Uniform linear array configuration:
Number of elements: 4
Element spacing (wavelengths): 0.75
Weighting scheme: binomial
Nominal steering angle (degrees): -30
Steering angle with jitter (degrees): -29.879
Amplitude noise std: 0.05
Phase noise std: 0.05

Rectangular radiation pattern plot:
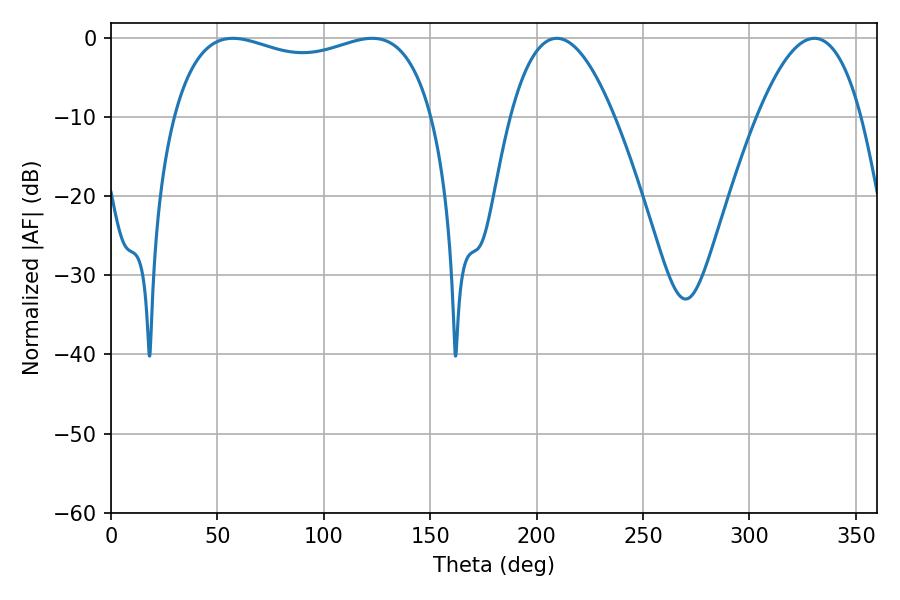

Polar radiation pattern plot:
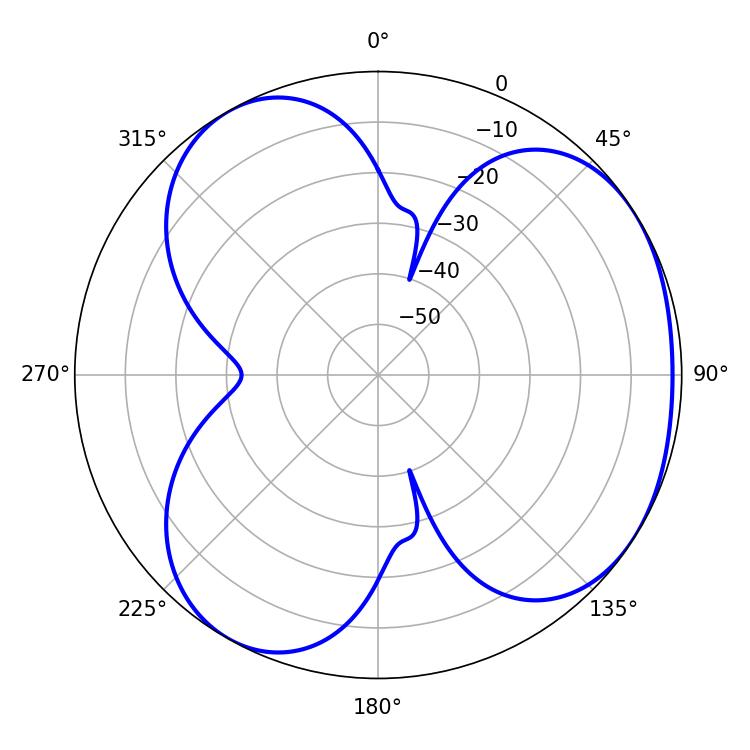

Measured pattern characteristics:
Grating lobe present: TRUE
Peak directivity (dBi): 3.96
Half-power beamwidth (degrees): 100.08
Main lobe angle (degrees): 122.76